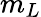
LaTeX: m_{L}